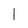
Character: l